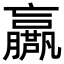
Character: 𡳴